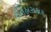
ઈતિહાસકાર